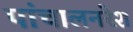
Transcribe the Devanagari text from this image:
पांचालनरेश